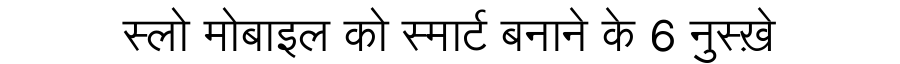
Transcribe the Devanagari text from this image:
स्लो मोबाइल को स्मार्ट बनाने के 6 नुस्ख़े